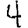
Digit: 4